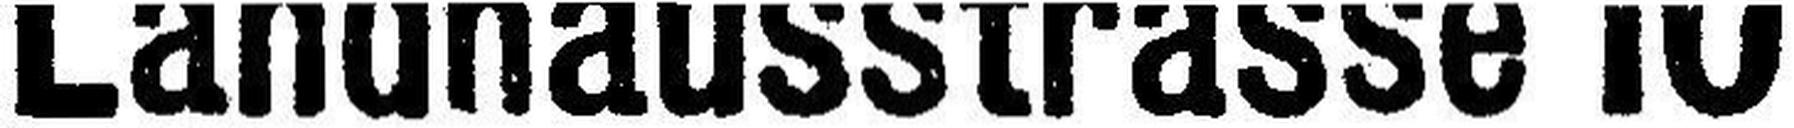
Landhausstrasse 10